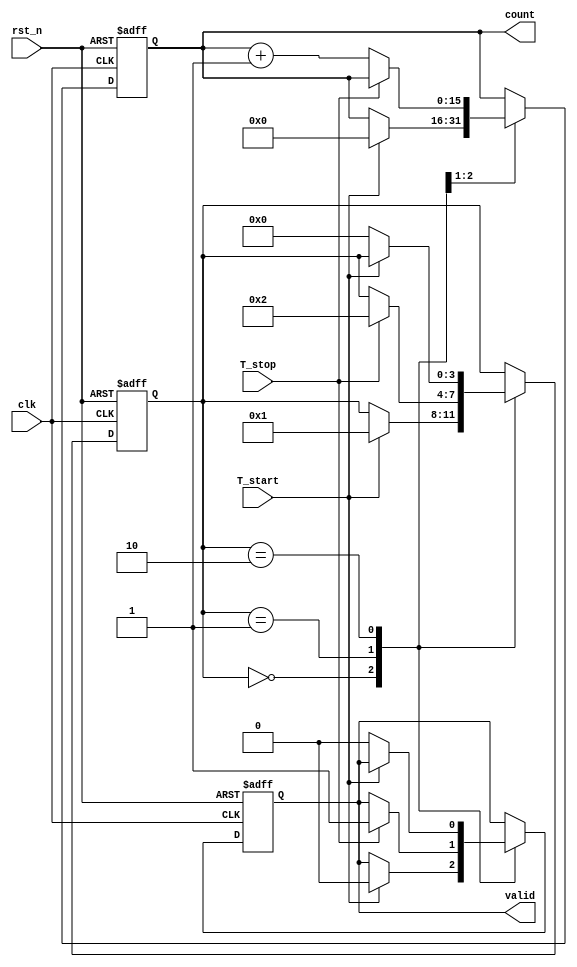
module TDC (
    input wire clk,          // System clock
    input wire rst_n,        // Active low reset
    input wire T_start,      // Start signal
    input wire T_stop,       // Stop signal
    output reg [15:0] count, // 16-bit output count
    output reg valid         // Output valid signal
);

    // Parameters
    parameter DELAY_STAGES = 16; // Number of delay stages
    parameter DELAY_UNIT = 1;     // Delay unit in clock cycles

    // Internal signals
    reg [DELAY_STAGES-1:0] delay_line; // Delay line for time measurement
    reg [3:0] state;                   // State for control logic
    reg counting;                      // Counting flag

    // State encoding
    localparam IDLE = 4'b0000,
               COUNTING = 4'b0001,
               DONE = 4'b0010;

    // Delay line generation
    always @(posedge clk or negedge rst_n) begin
        if (!rst_n) begin
            delay_line <= 0;
        end else if (counting) begin
            delay_line <= {delay_line[DELAY_STAGES-2:0], 1'b1}; // Shift in a new delay
        end
    end

    // Control logic
    always @(posedge clk or negedge rst_n) begin
        if (!rst_n) begin
            state <= IDLE;
            count <= 0;
            valid <= 0;
            counting <= 0;
        end else begin
            case (state)
                IDLE: begin
                    if (T_start) begin
                        state <= COUNTING;
                        count <= 0;
                        valid <= 0;
                        counting <= 1;
                    end
                end
                COUNTING: begin
                    if (T_stop) begin
                        state <= DONE;
                        counting <= 0;
                        valid <= 1;
                    end else begin
                        count <= count + 1; // Increment count for each clock cycle
                    end
                end
                DONE: begin
                    // Wait for next start signal
                    if (!T_start) begin
                        state <= IDLE;
                        valid <= 0; // Reset valid signal
                    end
                end
            endcase
        end
    end

endmodule